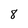
Character: 8